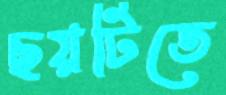
ছয়টিতে